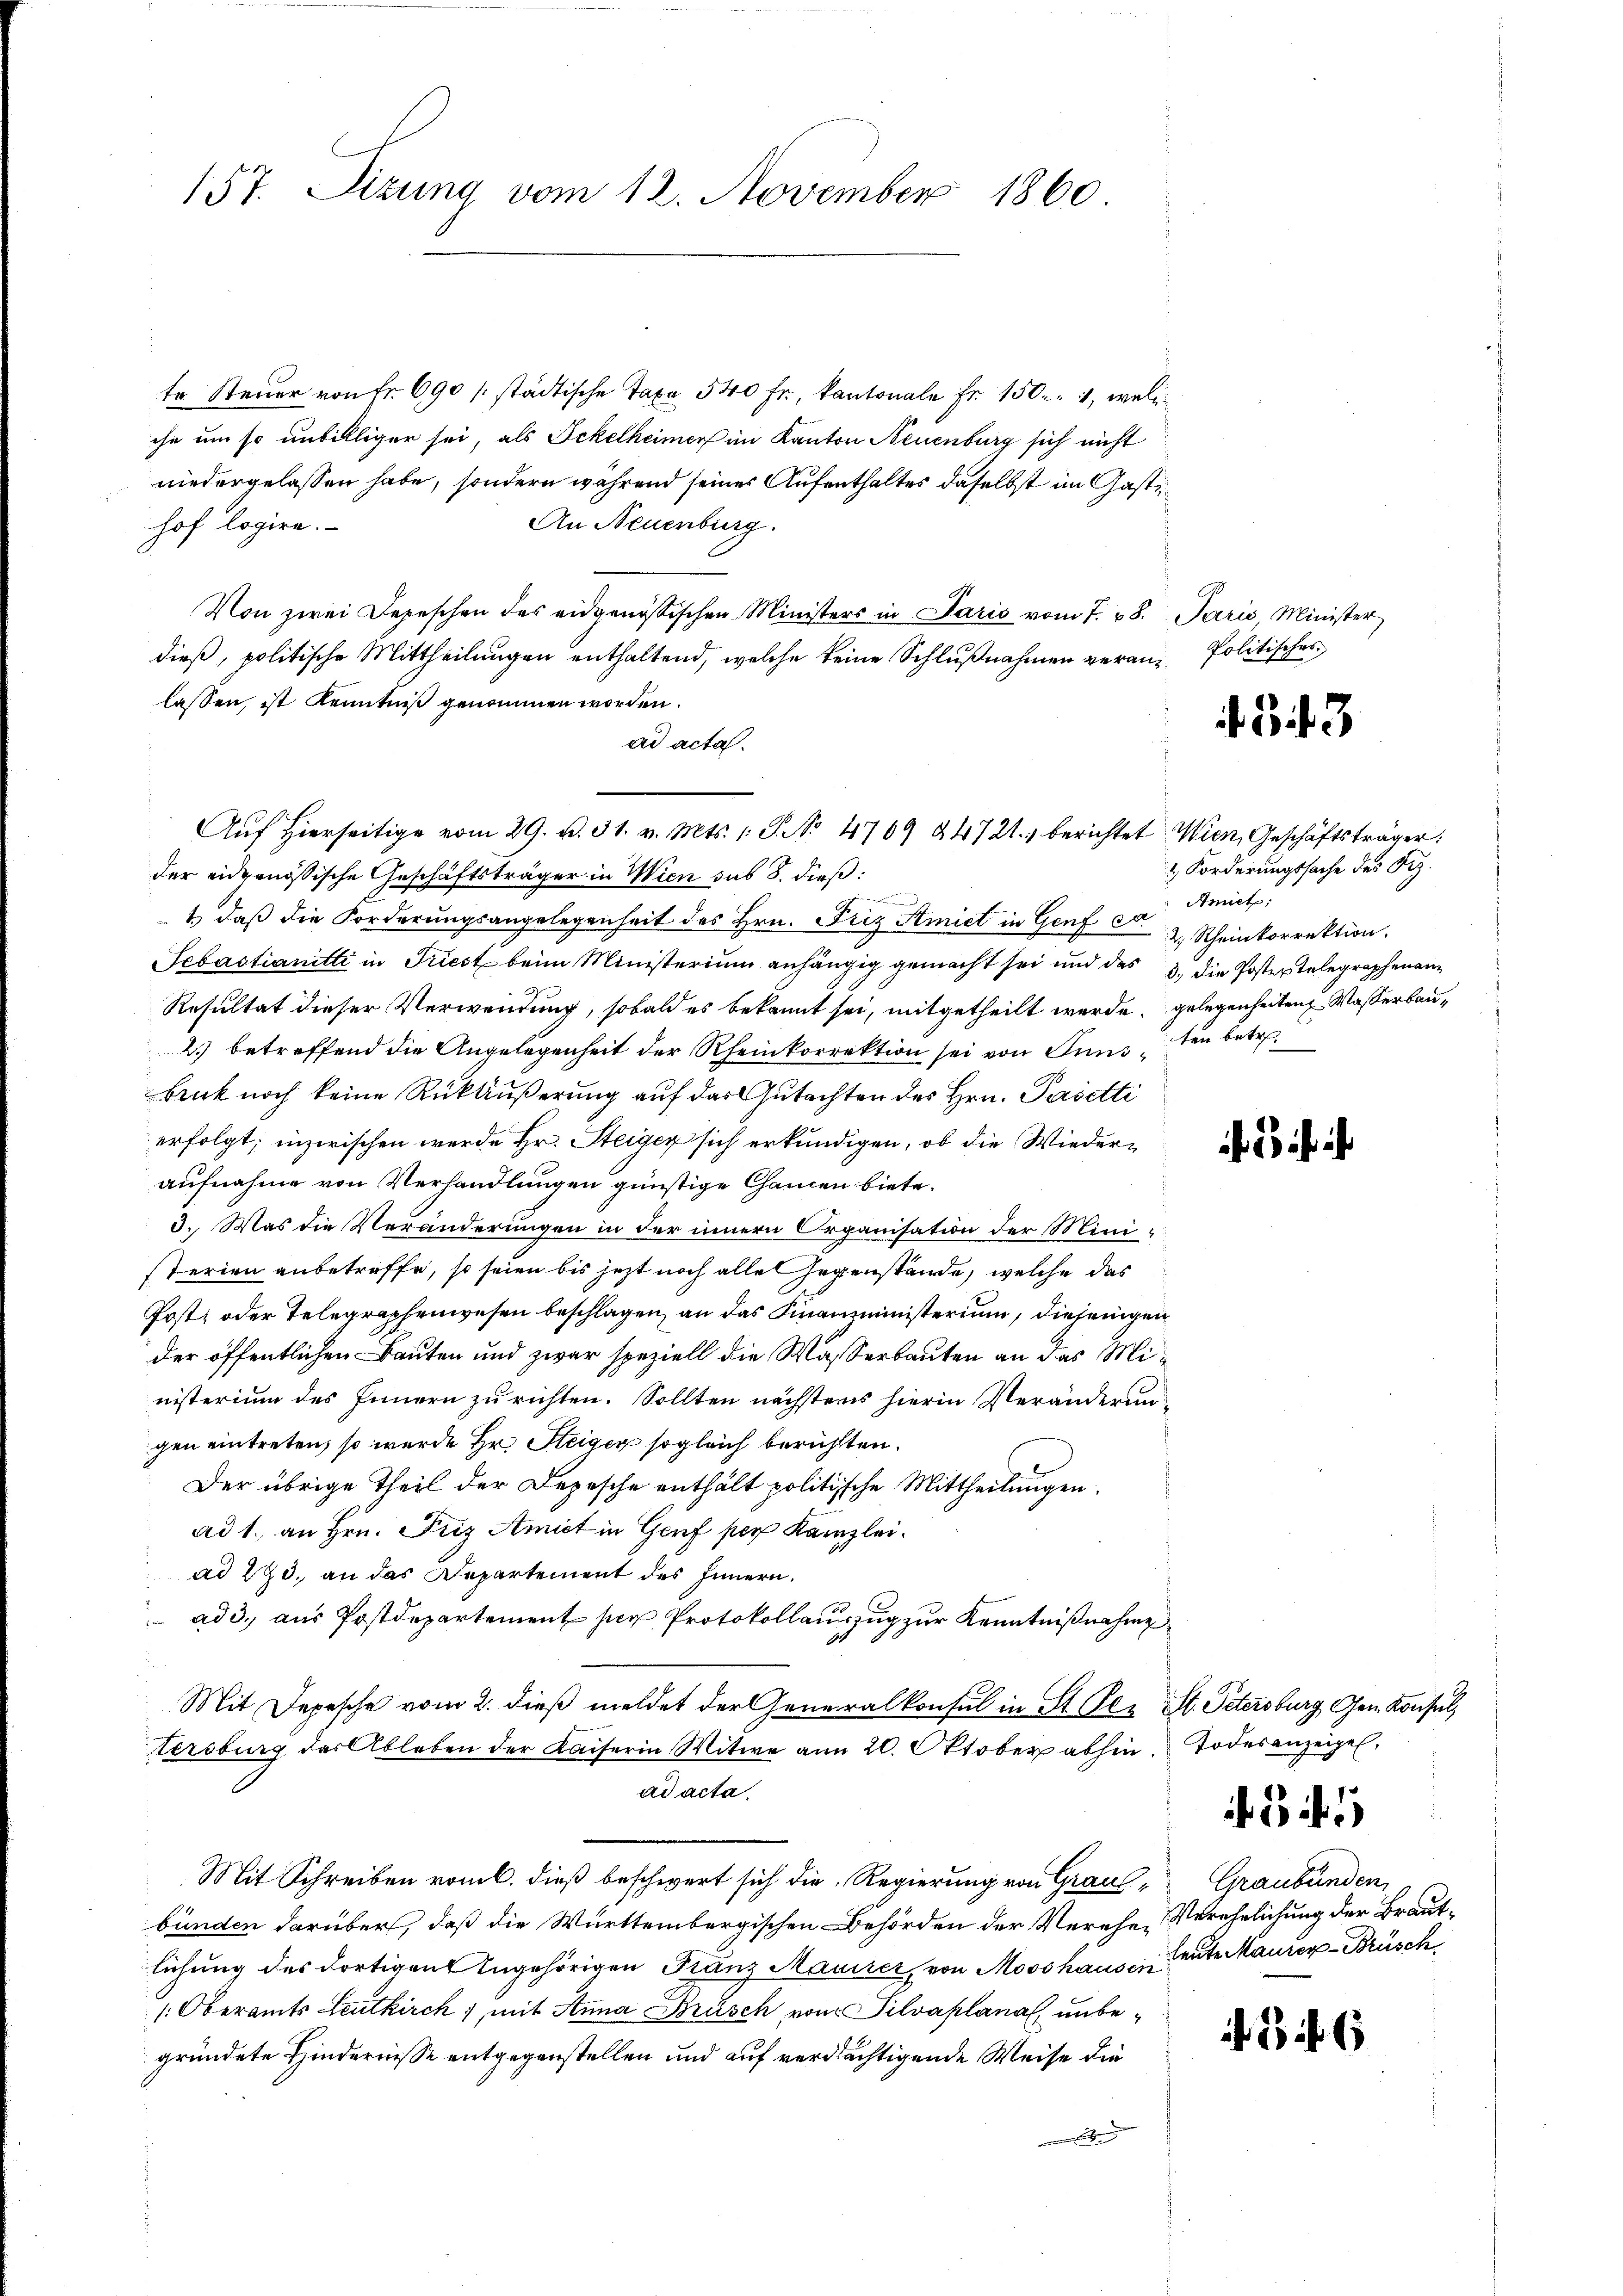
157. Sizung vom 12. November 1860

te Steuer von Fr. 690 /: städtische Taxa 540 fr., kantonale fr. 150. 7, welc
che um so unbilliger sei, als Ickelheimer im Kanton Neuenburg sich nicht
niedergelassen habe, sondern während seines Aufenthaltes daselbst im Gasti¬
An Neuenburg.
hof logire.
Von zwei Depeschen des eidgenössischen Ministers in Paris vom 7. 28. Paris, Minister
dieß, politische Mittheilungen enthaltend, welche keine Schlußnahmen veran-Politischer
lassen, ist Kenntniß genommen worden.
ad acta.
der eidgenössische Geschäftsträger in Wien sub 8. dieß:
n
t, daß die Forderungsangelegenheit des Hrn. Friz Amiet in Genf ca 2. Rheinkorrektion.
Sebastianitti in Triest beim Ministerium anhängig gemacht sei und das 3. die Poster Telegraphenan¬
Resultat dieser Verwendung, sobald es bekannt sei, mitgetheilt werde. Gelegenheiten Wasserbau¬
2.) betreffend die Angelegenheit der Rheinkorrektion sei von Sundbank noch keine Rückäußerung auf das Gutachten des Hrn. Pasetti
erfolgt; inzwischen werde Hr. Steiger sich erkundigen, ob die Wiederaufnahme von Verhandlungen günstige Chancen biete.
3. Was die Veränderungen in der innern Organisation der Mini-
sterien anbetreffe, so seien bis jetzt noch alle Gegenstände, welche das
Post, oder Telegraphenwesen beschlagen, an das Finanzministerium, diejenigen
der öffentlichen Bauten und zwar speziell die Wasserbauten an das Ministerium des Innern zu richten. Sollten nächstens hierin Veränderungen eintreten, so wurde Hr. Steiger sogleich berüchten.
Der übrige Theil der Depesche enthält politische Mittheilungen.
ad 1., an Hrn. Friz Amicet in Genf per Kanzlei.
ad 273, an das Departement des Innern.
 ad 3. aus Postdepartement per Protokollauszug zur Kenntnißnahme
Mit Depesche vom 2. dieß meldet der Generalkonsul in St. Der St. Petersburg, Gen. Konsul,
tersburg des Ableben der Kaiserin Witwe am 20. Oktober abhin
ad acta.
Mit Schreiben vom C. dieß beschwert sich die Regierung von Grau, Graubünden,
bünden darüber, daß die Württembergischen Behörden der Verehe, Verehelichung der Brautlichung des dortigen Angehörigen Franz Maurer, von Moos hause, gute Maurer-Brüsch
/. Oberamts Leutkirch), mit Anna Brüsch von Silvaplanal unbegründete Hindernisse entgegenstellen und auf verdächtigende Weise die

Aŭf Hierseitige vom 29. d. 31. v. Mts. 1. P. No 4769 §4721.) berichtet Wien, Geschäftsträger:

343

2 Forderungssache des Siz.
Amiet:
cten betre

ihr i

Todesanzeigel.

1

6